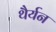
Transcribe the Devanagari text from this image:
थैर्यन